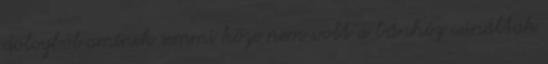
dologból aminek semmi köze nem volt a bűnhöz csináltak